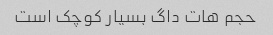
حجم هات داگ بسیار کوچک است